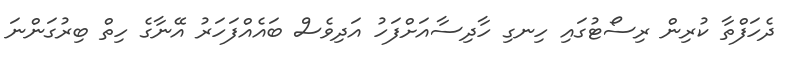
ދެހަފްތާ ކުރިން ރިސޯޓުގައި ހިނގި ހާދިސާއަށްފަހު އަދިވެސް ބައެއްފަހަރު އޭނާގެ ހިތް ބިރުގަންނަ